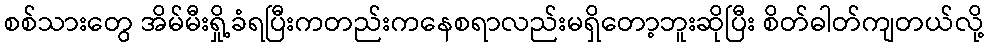
စစ်သားတွေ အိမ်မီးရှို့ခံရပြီးကတည်းကနေစရာလည်းမရှိတော့ဘူးဆိုပြီး စိတ်ဓါတ်ကျတယ်လို့